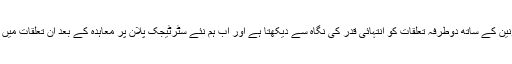
وزیر خارجہ نے کہا کہ پاکستان یورپی یونین کے ساتھ دوطرفہ تعلقات کو انتہائی قدر کی نگاہ سے دیکھتا ہے اور اب ہم نئے سٹرٹیجک پلان پر معاہدہ کے بعد ان تعلقات میں ایک نئے باب کا آغاز کرنے جا رہے ہیں۔